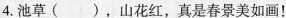
4.池草( )，山花红，真是春景美如画！